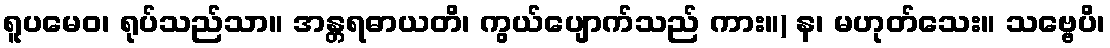
ရူပမေဝ၊ ရုပ်သည်သာ။ အန္တရဓာယတိ၊ ကွယ်ပျောက်သည် ကား။) န၊ မဟုတ်သေး။ သဗ္ဗေပိ၊